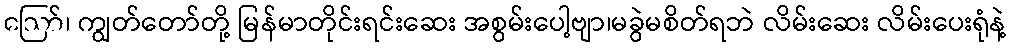
ဪ၊ ကျွတ်တော်တို့ မြန်မာတိုင်းရင်းဆေး အစွမ်းပေါ့ဗျာ၊မခွဲမစိတ်ရဘဲ လိမ်းဆေး လိမ်းပေးရုံနဲ့